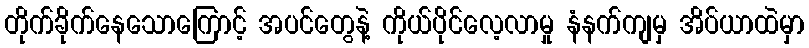
တိုက်ခိုက်နေသောကြောင့် အပင်တွေနဲ့ ကိုယ်ပိုင်လေ့လာမှု နံနက်ကျမှ အိပ်ယာထဲမှာ